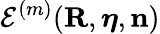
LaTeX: {\cal E}^{(m)}({\mathbf R},{\boldsymbol\eta},{\mathbf n})